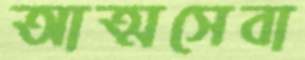
আত্মসেবা